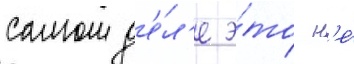
самом д'е́л'е э́то н'е́